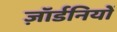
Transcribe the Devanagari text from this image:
ज़ॉर्डनियों